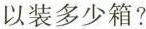
以装多少箱?